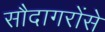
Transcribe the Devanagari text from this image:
सौदागरोंसे